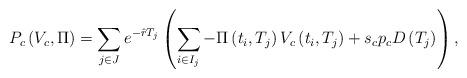
LaTeX: \begin{align*}P_{c}\left(V_{c},\Pi\right)=\sum_{j\in J}e^{-\hat{r}T_{j}}\left(\sum_{i\in I_{j}}-\Pi\left(t_{i},T_{j}\right)V_{c}\left(t_{i},T_{j}\right)+s_{c}p_{c}D\left(T_{j}\right)\right),\end{align*}